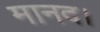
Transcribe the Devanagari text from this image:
मानद।